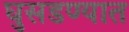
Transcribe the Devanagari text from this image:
घुसडण्यात